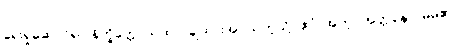
ရှေးရှုဆောင်၍။ နိက္ခိတ္တောယထာ၊ ချထားအပ်သကဲ့သို့။ ဧဝံ၊ အတူ။ အတ္တနော၊ မိမိ၏။